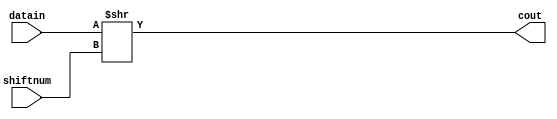
module SHR_32_b(
	input wire [31:0] datain,
	input wire [31:0] shiftnum,
	output wire [31:0] cout
);

	assign cout = datain >> shiftnum;
	
endmodule